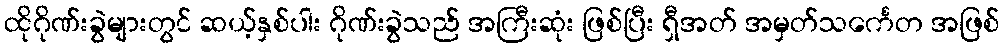
ထိုဂိုဏ်းခွဲများတွင် ဆယ့်နှစ်ပါး ဂိုဏ်းခွဲသည် အကြီးဆုံး ဖြစ်ပြီး ရှီအတ် အမှတ်သင်္ကေတ အဖြစ်